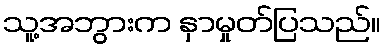
သူ့အဘွားက နှာမှုတ်ပြသည်။